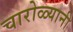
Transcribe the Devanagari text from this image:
चारोळ्यानी